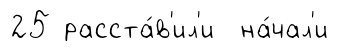
25 расста́в'ил'и на́чал'и